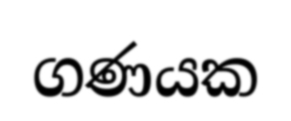
ගණයක